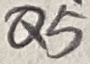
Text: Q5